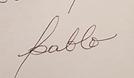
Signature authenticity: forged